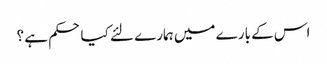
اس کے بارے میں ہمارے لئے کیا حکم ہے ؟